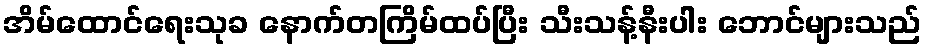
အိမ်ထောင်ရေးသုခ နောက်တကြိမ်ထပ်ပြီး သီးသန့်နီးပါး ဘောင်များသည်